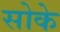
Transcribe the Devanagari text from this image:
सोके